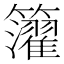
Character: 𥷧